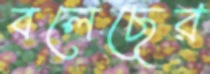
বলেছের